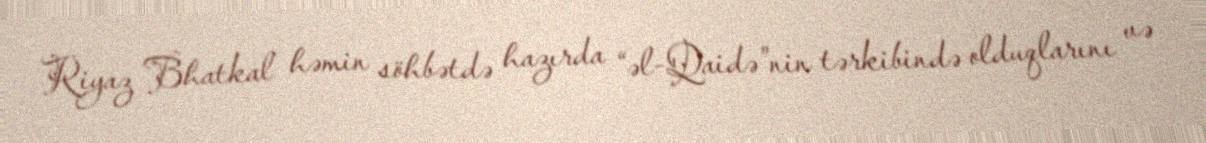
Riyaz Bhatkal həmin söhbətdə hazırda “əl-Qaidə”nin tərkibində olduqlarını və